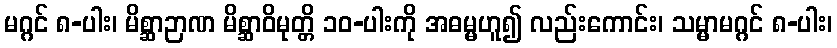
မဂ္ဂင် ၈-ပါး၊ မိစ္ဆာဉာဏ မိစ္ဆာဝိမုတ္တိ ၁၀-ပါးကို အဓမ္မဟူ၍ လည်းကောင်း၊ သမ္မာမဂ္ဂင် ၈-ပါး၊